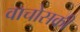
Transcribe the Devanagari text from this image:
वाचोसकी